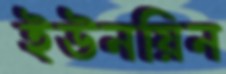
ইউনয়িন